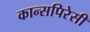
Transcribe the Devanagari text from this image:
कान्सपिरेसी